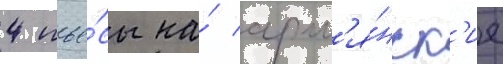
4 пье́сы на́ арм'я́нск'ие